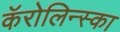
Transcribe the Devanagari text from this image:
कॅरोलिन्स्का